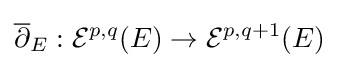
{\overline {\partial }}_{E}:{\mathcal {E}}^{p,q}(E)\to {\mathcal {E}}^{p,q+1}(E)